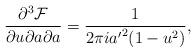
LaTeX: \begin{align*}{\partial^3{\cal F}\over \partial u\partial a\partial a }= {1\over 2\pi i {a'}^2(1-u^2)},\end{align*}